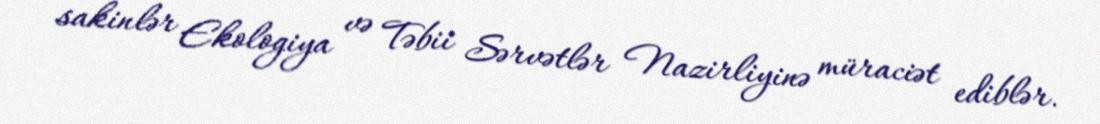
sakinlər Ekologiya və Təbii Sərvətlər Nazirliyinə müraciət ediblər.